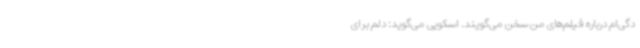
دگی‌ام درباره فیلم‌های من سخن می‌گویند. اسکویی می‌گوید: دلم برای